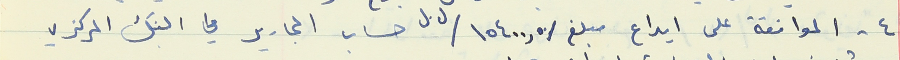
٤ - الموانقة على ايداع مبلغ /١٥٤٠٠,٥٠/ ل.ل لكل حساب المجارير في البنك المركزي